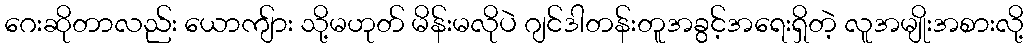
ဂေးဆိုတာလည်း ယောကျ်ား သို့မဟုတ် မိန်းမလိုပဲ ဂျင်ဒါတန်းတူအခွင့်အရေးရှိတဲ့ လူအမျိုးအစားလို့